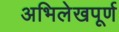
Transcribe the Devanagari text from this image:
अभिलेखपूर्ण